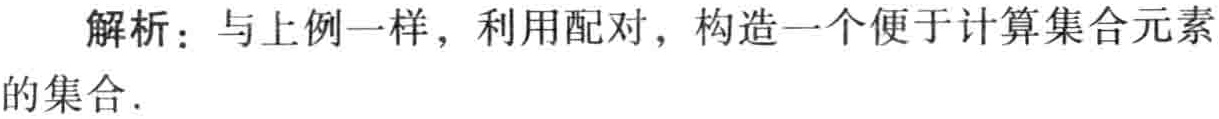
解析：与上例一样，利用配对，构造一个便于计算集合元素的集合.